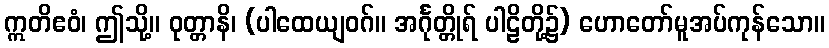
ဣတိဧဝံ၊ ဤသို့။ ဝုတ္တာနိ၊ (ပါထေယျဝဂ်။ အင်္ဂုတ္တိုရ် ပါဠိတို့၌) ဟောတော်မူအပ်ကုန်သော။